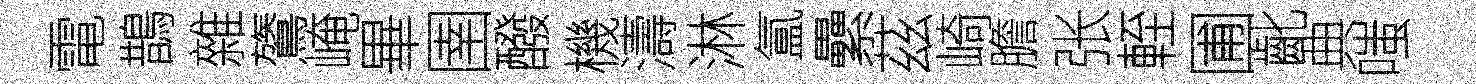
電鵲雜鷟崦畢圉醱機濤淋氲纍茲崎膽张輊圃齔典嗤